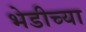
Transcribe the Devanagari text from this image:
भेडीच्या